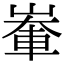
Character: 輋